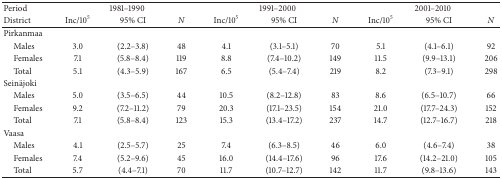
<table><thead><tr><td><b>Period</b></td><td colspan="3"><b>1981–1990</b></td><td colspan="3"><b>1991–2000</b></td><td colspan="3"><b>2001–2010</b></td></tr><tr><td><b>District</b></td><td><b>Inc/10<sup>5</sup></b></td><td><b>95% CI</b></td><td><b><i>N </i></b></td><td><b>Inc/10<sup>5</sup></b></td><td><b>95% CI</b></td><td><b><i>N </i></b></td><td><b>Inc/10<sup>5</sup></b></td><td><b>95% CI</b></td><td><b><i>N </i></b></td></tr></thead><tbody><tr><td>Pirkanmaa</td><td> </td><td> </td><td> </td><td> </td><td> </td><td> </td><td> </td><td> </td><td> </td></tr><tr><td> Males</td><td>3.0</td><td>(2.2–3.8)</td><td>48</td><td>4.1</td><td>(3.1–5.1)</td><td>70</td><td>5.1</td><td>(4.1–6.1)</td><td>92</td></tr><tr><td> Females</td><td>7.1</td><td>(5.8–8.4)</td><td>119</td><td>8.8</td><td>(7.4–10.2)</td><td>149</td><td>11.5</td><td>(9.9–13.1)</td><td>206</td></tr><tr><td> Total</td><td>5.1</td><td>(4.3–5.9)</td><td>167</td><td>6.5</td><td>(5.4–7.4)</td><td>219</td><td>8.2</td><td>(7.3–9.1)</td><td>298</td></tr><tr><td>Seinäjoki</td><td> </td><td> </td><td> </td><td> </td><td> </td><td> </td><td> </td><td> </td><td> </td></tr><tr><td> Males</td><td>5.0</td><td>(3.5–6.5)</td><td>44</td><td>10.5</td><td>(8.2–12.8)</td><td>83</td><td>8.6</td><td>(6.5–10.7)</td><td>66</td></tr><tr><td> Females</td><td>9.2</td><td>(7.2–11.2)</td><td>79</td><td>20.3</td><td>(17.1–23.5)</td><td>154</td><td>21.0</td><td>(17.7–24.3)</td><td>152</td></tr><tr><td> Total</td><td>7.1</td><td>(5.8–8.4)</td><td>123</td><td>15.3</td><td>(13.4–17.2)</td><td>237</td><td>14.7</td><td>(12.7–16.7)</td><td>218</td></tr><tr><td>Vaasa</td><td> </td><td> </td><td> </td><td> </td><td> </td><td> </td><td> </td><td> </td><td> </td></tr><tr><td> Males</td><td>4.1</td><td>(2.5–5.7)</td><td>25</td><td>7.4</td><td>(6.3–8.5)</td><td>46</td><td>6.0</td><td>(4.6–7.4)</td><td>38</td></tr><tr><td> Females</td><td>7.4</td><td>(5.2–9.6)</td><td>45</td><td>16.0</td><td>(14.4–17.6)</td><td>96</td><td>17.6</td><td>(14.2–21.0)</td><td>105</td></tr><tr><td> Total</td><td>5.7</td><td>(4.4–7.1)</td><td>70</td><td>11.7</td><td>(10.7–12.7)</td><td>142</td><td>11.7</td><td>(9.8–13.6)</td><td>143</td></tr></tbody></table>